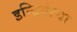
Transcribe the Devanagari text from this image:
इन्द्रियांचा